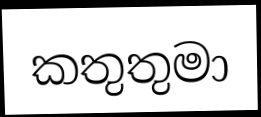
කතුතුමා